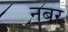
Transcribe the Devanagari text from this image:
नबर